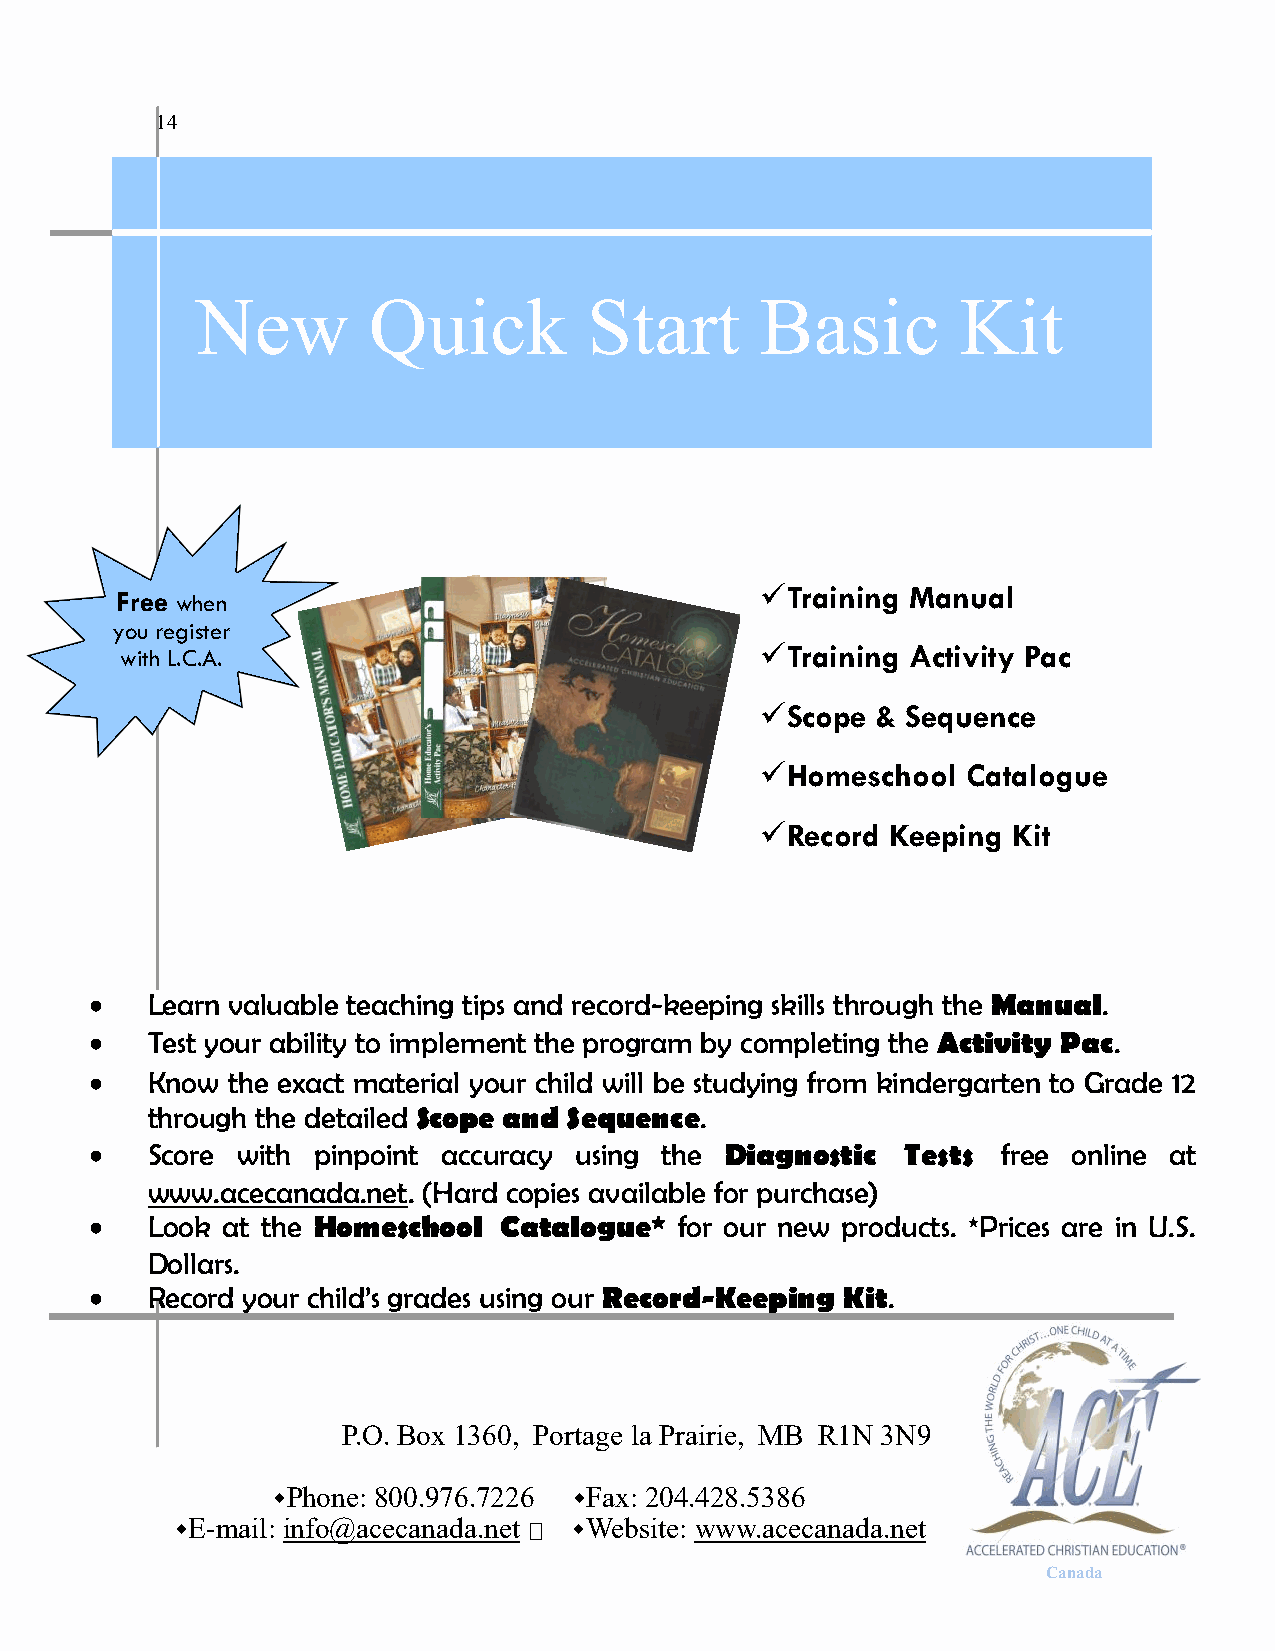
14
 HOW  TO WORK WITH A.C.E. CANADA
 New        Quick          Start      Basic         Kit
 Free when                                 Training Manual
 you register
 with L.C.A.                               Training Activity Pac
 Scope  & Sequence
 Homeschool   Catalogue
 Record  Keeping Kit
    Learn valuable teaching tips and record-keeping skills through the Manual.
    Test your ability to implement the program by completing the Activity Pac.
    Know the exact material your child will be studying from kindergarten to Grade 12
 through the detailed Scope and Sequence.
    Score with pinpoint accuracy using the Diagnostic Tests free online at
 www.acecanada.net. (Hard copies available for purchase)
    Look at the Homeschool Catalogue*  for our new products. *Prices are in U.S.
 Dollars.
    Record your child’s grades using our Record-Keeping Kit.
 P.O. Box 1360, Portage la Prairie, MB R1N 3N9
 Phone: 800.976.7226 Fax: 204.428.5386
 E-mail: info@acecanada.net Website: www.acecanada.net
 Canada